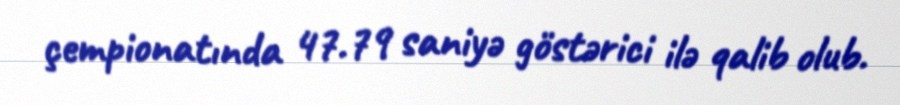
çempionatında 47.79 saniyə göstərici ilə qalib olub.